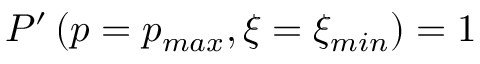
P ^ { \prime } \left( p = p _ { m a x } , \xi = \xi _ { m i n } \right) = 1